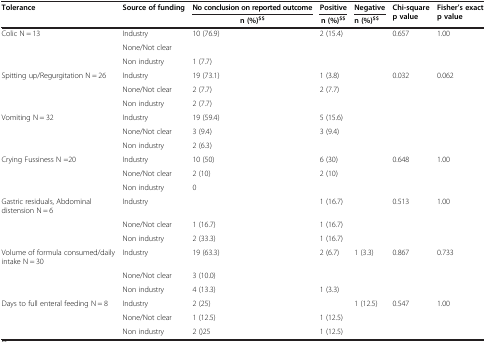
<table><thead><tr><td rowspan="2"><b>Tolerance</b></td><td rowspan="2"><b>Source of funding</b></td><td><b>No conclusion on reported outcome</b></td><td><b>Positive</b></td><td><b>Negative</b></td><td rowspan="2"><b>Chi-square p value</b></td><td rowspan="2"><b>Fisher’s exact p value</b></td></tr><tr><td><b>n (%)<sup>$$</sup></b></td><td><b>n (%)<sup>$$</sup></b></td><td><b>n (%)<sup>$$</sup></b></td></tr></thead><tbody><tr><td>Colic N = 13</td><td>Industry</td><td>10 (76.9)</td><td>2 (15.4)</td><td> </td><td>0.657</td><td>1.00</td></tr><tr><td> </td><td>None/Not clear</td><td> </td><td> </td><td> </td><td> </td><td> </td></tr><tr><td> </td><td>Non industry</td><td>1 (7.7)</td><td> </td><td> </td><td> </td><td> </td></tr><tr><td>Spitting up/Regurgitation N = 26</td><td>Industry</td><td>19 (73.1)</td><td>1 (3.8)</td><td> </td><td>0.032</td><td>0.062</td></tr><tr><td> </td><td>None/Not clear</td><td>2 (7.7)</td><td>2 (7.7)</td><td> </td><td> </td><td> </td></tr><tr><td> </td><td>Non industry</td><td>2 (7.7)</td><td> </td><td> </td><td> </td><td> </td></tr><tr><td>Vomiting N = 32</td><td>Industry</td><td>19 (59.4)</td><td>5 (15.6)</td><td> </td><td> </td><td> </td></tr><tr><td> </td><td>None/Not clear</td><td>3 (9.4)</td><td>3 (9.4)</td><td> </td><td> </td><td> </td></tr><tr><td> </td><td>Non industry</td><td>2 (6.3)</td><td> </td><td> </td><td> </td><td> </td></tr><tr><td>Crying Fussiness N =20</td><td>Industry</td><td>10 (50)</td><td>6 (30)</td><td> </td><td>0.648</td><td>1.00</td></tr><tr><td> </td><td>None/Not clear</td><td>2 (10)</td><td>2 (10)</td><td> </td><td> </td><td> </td></tr><tr><td> </td><td>Non industry</td><td>0</td><td> </td><td> </td><td> </td><td> </td></tr><tr><td>Gastric residuals, Abdominal distension N = 6</td><td>Industry</td><td> </td><td>1 (16.7)</td><td> </td><td>0.513</td><td>1.00</td></tr><tr><td> </td><td>None/Not clear</td><td>1 (16.7)</td><td>1 (16.7)</td><td> </td><td> </td><td> </td></tr><tr><td> </td><td>Non industry</td><td>2 (33.3)</td><td>1 (16.7)</td><td> </td><td> </td><td> </td></tr><tr><td>Volume of formula consumed/daily intake N = 30</td><td>Industry</td><td>19 (63.3)</td><td>2 (6.7)</td><td>1 (3.3)</td><td>0.867</td><td>0.733</td></tr><tr><td> </td><td>None/Not clear</td><td>3 (10.0)</td><td> </td><td> </td><td> </td><td> </td></tr><tr><td> </td><td>Non industry</td><td>4 (13.3)</td><td>1 (3.3)</td><td> </td><td> </td><td> </td></tr><tr><td>Days to full enteral feeding N = 8</td><td>Industry</td><td>2 (25)</td><td> </td><td>1 (12.5)</td><td>0.547</td><td>1.00</td></tr><tr><td> </td><td>None/Not clear</td><td>1 (12.5)</td><td>1 (12.5)</td><td> </td><td> </td><td> </td></tr><tr><td> </td><td>Non industry</td><td>2 ()25</td><td>1 (12.5)</td><td> </td><td> </td><td> </td></tr></tbody></table>